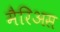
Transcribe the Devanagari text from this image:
मैरिअस